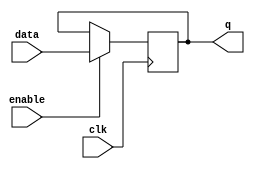
module latch(
    input clk, // clock signal
    input enable, // enable input signal
    input data, // input data
    output reg q // output data
);

always @(posedge clk) begin
    if(enable) begin
        q <= data; // update output data when enable is asserted
    end
end

endmodule